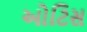
ઓટિસ